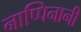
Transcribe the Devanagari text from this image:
नाप्पिनानी